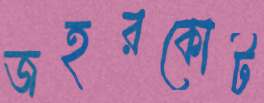
জহরকোট